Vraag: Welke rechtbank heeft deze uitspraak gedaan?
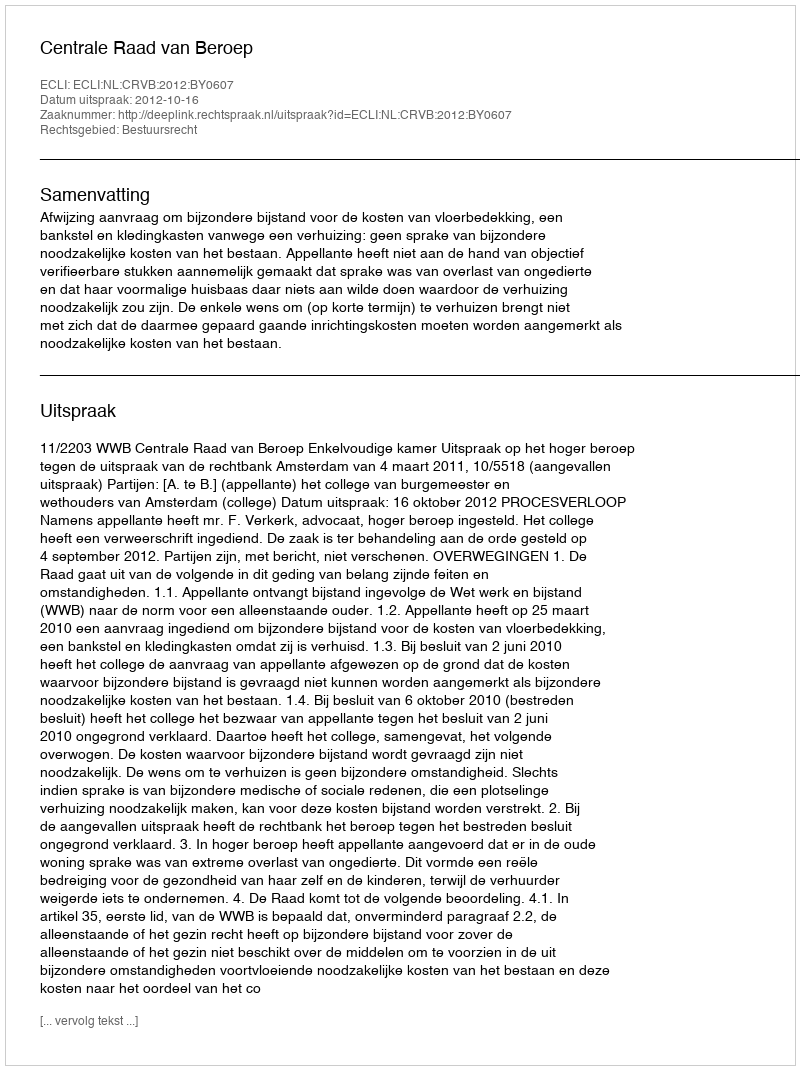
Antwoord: Centrale Raad van Beroep